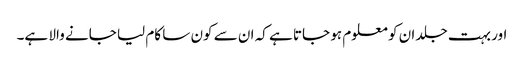
اور بہت جلد ان کو معلوم ہو جاتا ہے کہ ان سے کون سا کام لیا جانے والا ہے۔